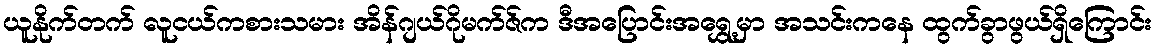
ယူနိုက်တက် လူငယ်ကစားသမား အိန်ဂျယ်ဂိုမက်ဇ်က ဒီအပြောင်းအရွှေ့မှာ အသင်းကနေ ထွက်ခွာဖွယ်ရှိကြောင်း